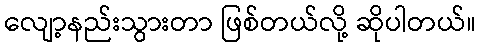
လျော့နည်းသွားတာ ဖြစ်တယ်လို့ ဆိုပါတယ်။